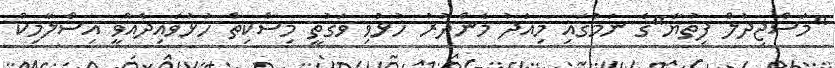
"މަސްޖިދުލް ފިތުޔާ"ގެ ނަމުގައި މިއަދު މެންދުރު ހުޅުވި ވަގުތީ މިސްކިތް ހުޅުވައިދެއްވީ އިސްލާމިކް